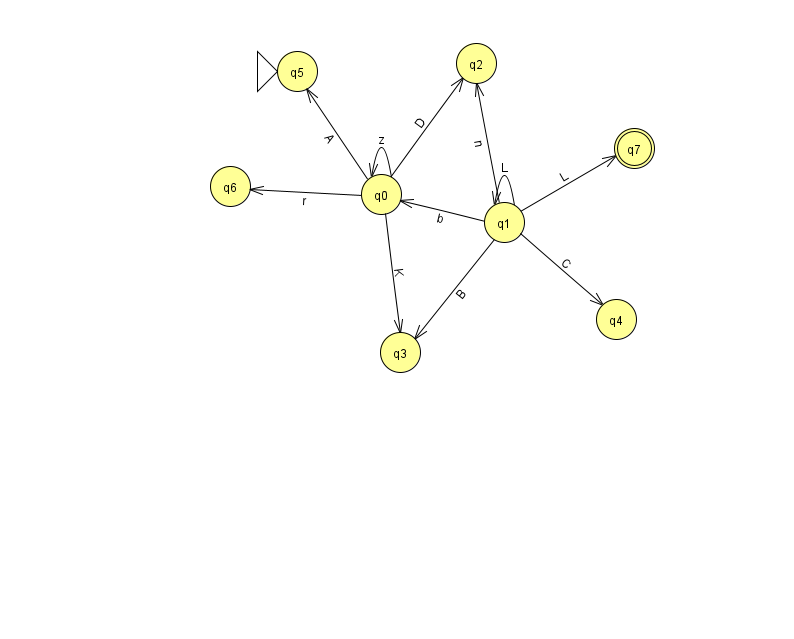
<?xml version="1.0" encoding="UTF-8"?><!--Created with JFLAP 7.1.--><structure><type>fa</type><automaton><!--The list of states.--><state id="0" name="q0"><x>381.0</x><y>181.0</y></state><state id="1" name="q1"><x>504.0</x><y>209.0</y></state><state id="2" name="q2"><x>476.0</x><y>50.0</y></state><state id="3" name="q3"><x>400.0</x><y>339.0</y></state><state id="4" name="q4"><x>616.0</x><y>306.0</y></state><state id="5" name="q5"><x>297.0</x><y>58.0</y><initial/></state><state id="6" name="q6"><x>230.0</x><y>173.0</y></state><state id="7" name="q7"><x>634.0</x><y>135.0</y><final/></state><!--The list of transitions.--><transition><from>0</from><to>6</to><read>r</read></transition><transition><from>0</from><to>3</to><read>K</read></transition><transition><from>1</from><to>0</to><read>b</read></transition><transition><from>0</from><to>2</to><read>D</read></transition><transition><from>0</from><to>5</to><read>A</read></transition><transition><from>1</from><to>7</to><read>L</read></transition><transition><from>1</from><to>2</to><read>n</read></transition><transition><from>1</from><to>4</to><read>C</read></transition><transition><from>0</from><to>0</to><read>z</read></transition><transition><from>1</from><to>1</to><read>L</read></transition><transition><from>1</from><to>3</to><read>B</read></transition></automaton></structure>